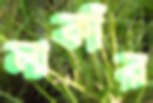
লাকাঁর